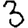
Digit: 3